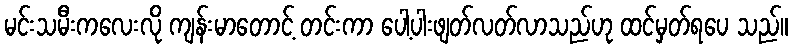
မင်းသမီးကလေးလို ကျန်းမာတောင့် တင်းကာ ပေါ့ပါးဖျတ်လတ်လာသည်ဟု ထင်မှတ်ရပေ သည်။